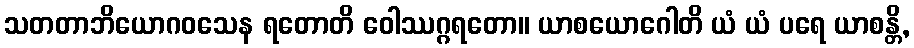
သတတာဘိယောဂဝသေန ရတောတိ ဝေါဿဂ္ဂရတော။ ယာစယောဂေါတိ ယံ ယံ ပရေ ယာစန္တိ,